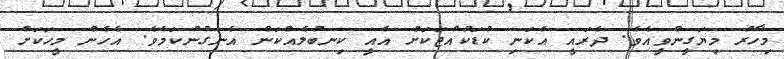
މިހާރު މިޔަގީންވީއެވެ. ދެރައީ އެކަނި ކުޑަކުއްޖަކަށް އެއީ ކިނބުލެއްކަން އެނގުނުކަމެވެ. އެހެން މީހަކަށް